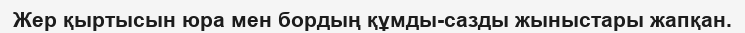
Жер қыртысын юра мен бордың құмды-сазды жыныстары жапқан.